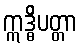
ဣဒ္ဓိပတ္တာ